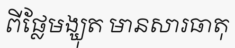
ពីផ្លែមង្ឃុត មានសារធាតុ